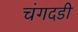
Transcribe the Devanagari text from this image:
चंगदडी